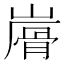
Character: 𩨮